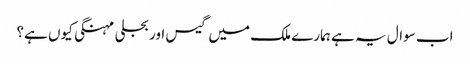
اب سوال یہ ہے ہمارے ملک میں گیس اور بجلی مہنگی کیوں ہے؟